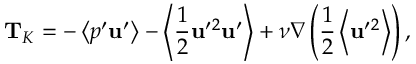
{ \bf { T } } _ { K } = - \left\langle { p ^ { \prime } { \bf { u } } ^ { \prime } } \right\rangle - \left\langle { \frac { 1 } { 2 } { \bf { u } } ^ { \prime } { } ^ { 2 } { \bf { u } } ^ { \prime } } \right\rangle + \nu \nabla \left( { \frac { 1 } { 2 } \left\langle { { \bf { u } } ^ { \prime } { } ^ { 2 } } \right\rangle } \right) ,